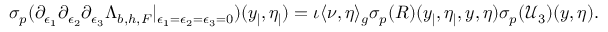
\begin{array} { r } { { { \sigma _ { p } } } ( { \partial _ { \epsilon _ { 1 } } \partial _ { \epsilon _ { 2 } } \partial _ { \epsilon _ { 3 } } \Lambda _ { b , h , F } | _ { \epsilon _ { 1 } = \epsilon _ { 2 } = \epsilon _ { 3 } = 0 } } ) ( y _ { | } , \eta _ { | } ) = \iota \langle \nu , \eta \rangle _ { g } { \sigma _ { p } } ( R ) ( y _ { | } , \eta _ { | } , y , \eta ) { { \sigma _ { p } } } ( \mathcal { U } _ { 3 } ) ( y , \eta ) . } \end{array}